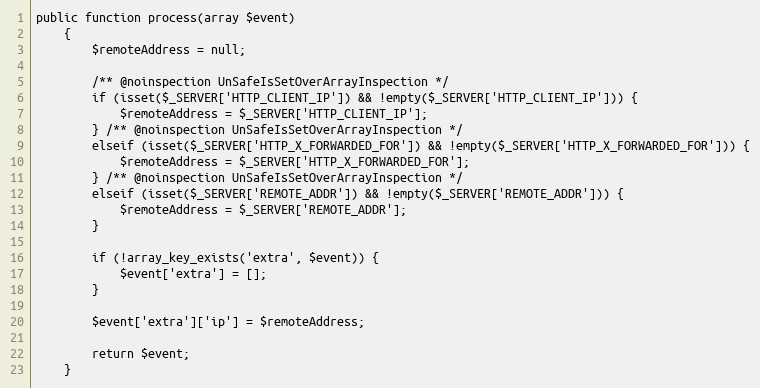
Language: PHP
public function process(array $event)
    {
        $remoteAddress = null;

        /** @noinspection UnSafeIsSetOverArrayInspection */
        if (isset($_SERVER['HTTP_CLIENT_IP']) && !empty($_SERVER['HTTP_CLIENT_IP'])) {
            $remoteAddress = $_SERVER['HTTP_CLIENT_IP'];
        } /** @noinspection UnSafeIsSetOverArrayInspection */
        elseif (isset($_SERVER['HTTP_X_FORWARDED_FOR']) && !empty($_SERVER['HTTP_X_FORWARDED_FOR'])) {
            $remoteAddress = $_SERVER['HTTP_X_FORWARDED_FOR'];
        } /** @noinspection UnSafeIsSetOverArrayInspection */
        elseif (isset($_SERVER['REMOTE_ADDR']) && !empty($_SERVER['REMOTE_ADDR'])) {
            $remoteAddress = $_SERVER['REMOTE_ADDR'];
        }

        if (!array_key_exists('extra', $event)) {
            $event['extra'] = [];
        }

        $event['extra']['ip'] = $remoteAddress;

        return $event;
    }